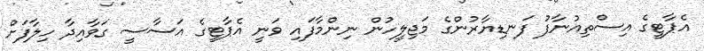
އެޕާޓީގެ އިސްތިއުނާފު ފަނޑިޔާރުންގެ މަޖިލީހުން ނިންމާފައި ވަނީ އެޕާޓީގެ އަސާސީ ގަވާއިދާ ހިލާފަށް